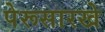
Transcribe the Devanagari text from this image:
पेरूसारखे